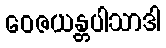
ဝေဇယန္တပါသာဒါ